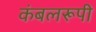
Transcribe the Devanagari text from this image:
कंबलरूपी